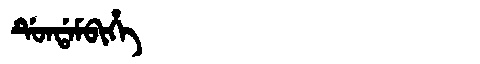
Manchu: ᡩᡠᠨᡩᠠᠮᠪᡳᡥᡝ
Romanization: DUNDAMBIHE